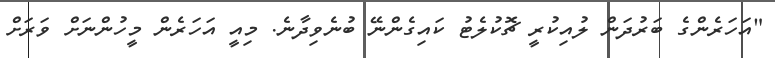
"އަހަރެންގެ ބަރުދަން ލުއިކުރީ ޗޮކުލެޓު ކައިގެންނޭ ބުނެވިދާނެ. މިއީ އަހަރެން މީހުންނަށް ވަރަށް